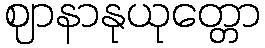
ဈာနာနုယုတ္တော